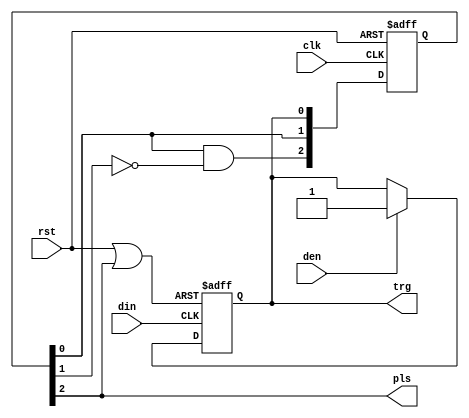
////////////////////////////////////////////////////////////////////////////////
//
//  Copyright 2006-2013 by Michael A. Morris, dba M. A. Morris & Associates
//
//  All rights reserved. The source code contained herein is publicly released
//  under the terms and conditions of the GNU Lesser Public License. No part of
//  this source code may be reproduced or transmitted in any form or by any
//  means, electronic or mechanical, including photocopying, recording, or any
//  information storage and retrieval system in violation of the license under
//  which the source code is released.
//
//  The source code contained herein is free; it may be redistributed and/or
//  modified in accordance with the terms of the GNU Lesser General Public
//  License as published by the Free Software Foundation; either version 2.1 of
//  the GNU Lesser General Public License, or any later version.
//
//  The source code contained herein is freely released WITHOUT ANY WARRANTY;
//  without even the implied warranty of MERCHANTABILITY or FITNESS FOR A
//  PARTICULAR PURPOSE. (Refer to the GNU Lesser General Public License for
//  more details.)
//
//  A copy of the GNU Lesser General Public License should have been received
//  along with the source code contained herein; if not, a copy can be obtained
//  by writing to:
//
//  Free Software Foundation, Inc.
//  51 Franklin Street, Fifth Floor
//  Boston, MA  02110-1301 USA
//
//  Further, no use of this source code is permitted in any form or means
//  without inclusion of this banner prominently in any derived works.
//
//  Michael A. Morris
//  Huntsville, AL
//
////////////////////////////////////////////////////////////////////////////////

`timescale 1ns / 1ps

///////////////////////////////////////////////////////////////////////////////
// Company:         Alpha Beta Technologies, Inc.
// 
// Design Name:     USB MBP HDL 
// Module Name:     re1ce 
// Project Name:    USBMBP_HDL
// Target Devices:  XC2S15-5TQ144
// Tool versions:   ISE Webpack 8.2i
// Description:     Multi-stage synchronizer with rising edge detection
//
// Dependencies:    None
//
// Revision History:
//
//  0.01    06L31   MAM     File Created
//
//  1.00    13G06   MAM     Added initial values for the sync FFs
//
// Additional Comments: 
//
///////////////////////////////////////////////////////////////////////////////

module re1ce(den, din, clk, rst, trg, pls);

///////////////////////////////////////////////////////////////////////////////
//
//  Module Port Declarations
//

input   den;
input   din;
input   clk;
input   rst;
output  trg;
output  pls;

///////////////////////////////////////////////////////////////////////////////
//
//  Module Level Declarations
//

reg     QIn;
reg     [2:0] QSync;

wire    Rst_QIn;

///////////////////////////////////////////////////////////////////////////////
//
//  Implementation
//

assign Rst_QIn = (rst | pls);

always @(posedge din or posedge Rst_QIn) begin
    if(Rst_QIn)
        #1 QIn <= 1'b0;
    else if(den)
        #1 QIn <= den;
end
assign trg = QIn;

always @(posedge clk or posedge rst) begin
    if(rst)
        #1 QSync <= 3'b0;
    else 
        #1 QSync <= {QSync[0] & ~QSync[1], QSync[0], QIn};
end
assign pls = QSync[2];

endmodule